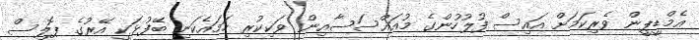
އެމްޑީޕީން ވެރިކަމަށް އައިސް ފުލުހުންގެ މުއައްސަސާއިން ވަކިކުރި ހަމައެކަނި ބޭފުޅަކީ އޭރުގެ ޕޮލިސް